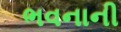
ભવનાની